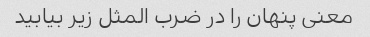
معنی پنهان را در ضرب المثل زیر بیابید